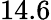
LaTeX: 14.6